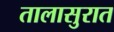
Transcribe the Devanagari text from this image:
तालासुरात